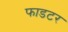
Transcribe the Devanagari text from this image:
फाडटर